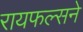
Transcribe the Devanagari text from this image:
रायफल्सने